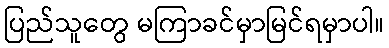
ပြည်သူတွေ မကြာခင်မှာမြင်ရမှာပါ။